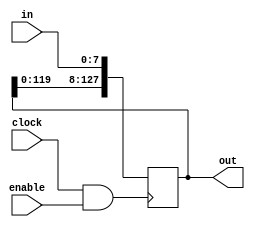
module ShiftRegister(clock, enable, in, out);
	input clock;
	input enable;
	input wire[7:0] in;
	output reg[127:0] out;
	
	wire en_clock;
	assign en_clock = clock && enable;

	always @(posedge en_clock) begin
		out = out << 8;
		out[7:0] = in;
	end


endmodule